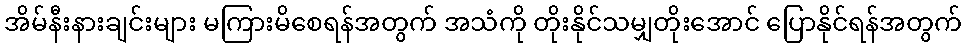
အိမ်နီးနားချင်းများ မကြားမိစေရန်အတွက် အသံကို တိုးနိုင်သမျှတိုးအောင် ပြောနိုင်ရန်အတွက်